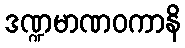
ဒဏ္ဍမာဏဝကာနိ